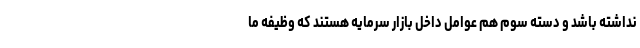
نداشته باشد و دسته سوم هم عوامل داخل بازار سرمایه هستند که وظیفه ما